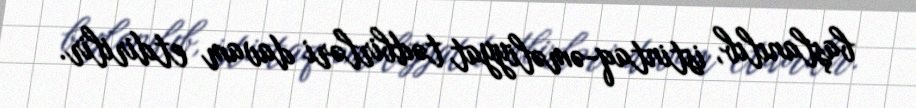
başlanılıb, istintaq-əməliyyat tədbirləri davam etdirilir.